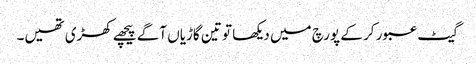
گیٹ عبور کر کے پورچ میں دیکھا تو تین گاڑیاں آگے پیچھے کھڑی تھیں۔